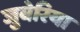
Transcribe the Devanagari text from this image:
जुबेरिया